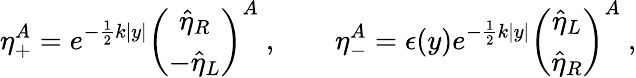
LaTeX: \eta_{+}^{A}=e^{-\frac{1}{2}k|y|}\left(\begin{array}{c}{{\hat{\eta}_{R}}}\\ {{-\hat{\eta}_{L}}}\end{array}\right)^{A}\ ,\qquad\eta_{-}^{A}=\epsilon(y)e^{-\frac{1}{2}k|y|}\left(\begin{array}{c}{{\hat{\eta}_{L}}}\\ {{\hat{\eta}_{R}}}\end{array}\right)^{A}\ ,